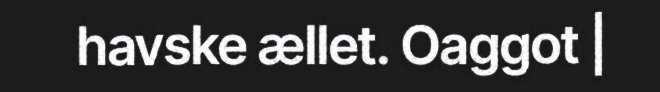
havske ællet. Oaggot |